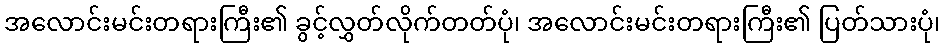
အလောင်းမင်းတရားကြီး၏ ခွင့်လွှတ်လိုက်တတ်ပုံ၊ အလောင်းမင်းတရားကြီး၏ ပြတ်သားပုံ၊